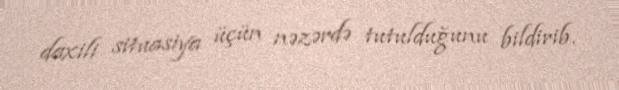
daxili situasiya üçün nəzərdə tutulduğunu bildirib.